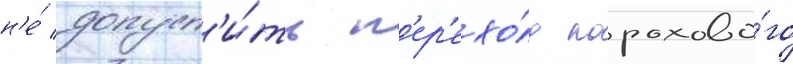
н'е́ допуст'и́ть п'ер'ехо́д порохово́го